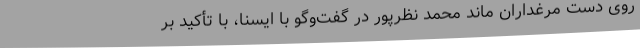
روی دست مرغداران ماند محمد نظرپور در گفت‌وگو با ایسنا، با تأکید بر